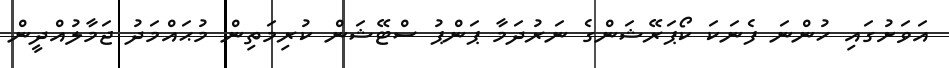
އަވަށުގައި ހުންނަ ފެނަކަ ކޯޕަރޭޝަންގެ ނަރުދަމާ ޕަންޕު ސްޓޭޝަން ކުރިމަތިން މުޙައްމަދު ޖަމާލުއްދީން